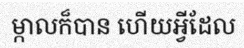
ម្កាលក៏បាន ហើយអ្វីដែល